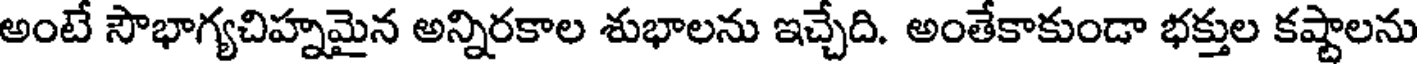
అంటే సౌభాగ్యచిహ్నమైన అన్నిరకాల శుభాలను ఇచ్చేది. అంతేకాకుండా భక్తుల కష్టాలను